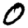
Digit: 0